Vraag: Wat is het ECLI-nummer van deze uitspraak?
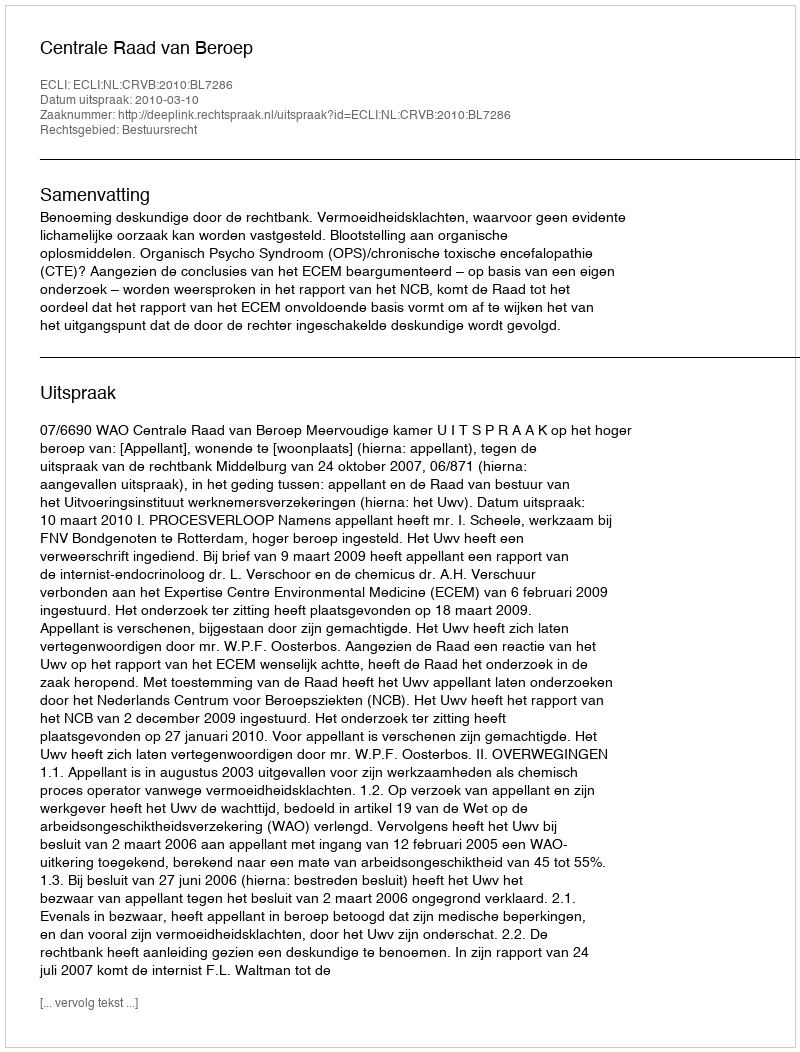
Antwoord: ECLI:NL:CRVB:2010:BL7286